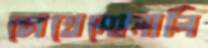
চোখেসোনালি